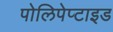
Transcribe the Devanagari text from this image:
पोलिपेप्टाइड